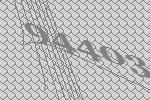
94403